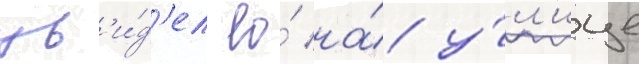
ув'и́д'ел ео́ на́ у́л'ице